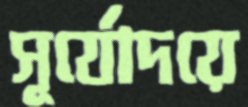
সূর্যোদয়ে